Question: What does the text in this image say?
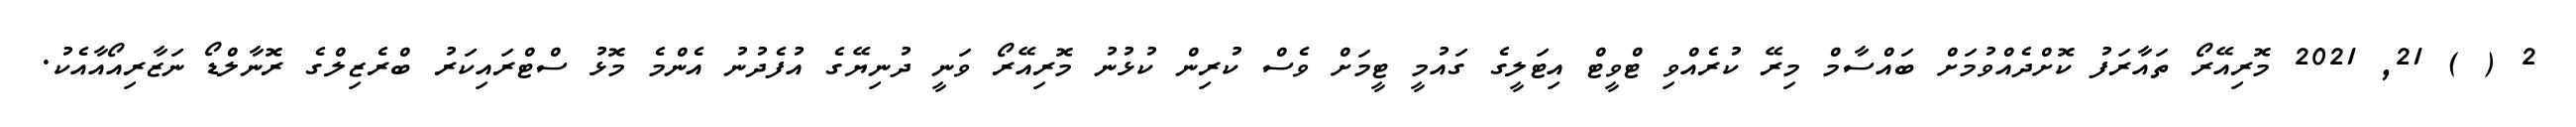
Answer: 2 ( ) 21, 2021 މޮރިއޭރޯ ތައާރަފު ކޮށްދެއްވުމަށް ބައްސާމް މިރޭ ކުރެއްވި ޓްވީޓް އިޓަލީގެ ގައުމީ ޓީމަށް ވެސް ކުރިން ކުޅުނު މޮރިއޭރޯ ވަނީ ދުނިޔޭގެ އުފެދުނު އެންމެ މޮޅު ސްޓްރައިކަރު ބްރެޒިލްގެ ރޮނާލްޑޯ ނަޒާރިއޯއާއެކު.